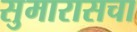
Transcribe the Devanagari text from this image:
सुमारासचा